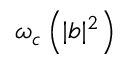
\omega _ { c } \left( | b | ^ { 2 } \right)